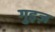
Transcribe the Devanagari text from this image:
गुइज़